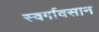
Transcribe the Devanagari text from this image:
स्वर्गावसान